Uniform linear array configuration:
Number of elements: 48
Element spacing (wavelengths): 0.25
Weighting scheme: hamming
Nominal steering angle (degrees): -15
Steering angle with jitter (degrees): -14.914
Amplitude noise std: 0.05
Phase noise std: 0.05

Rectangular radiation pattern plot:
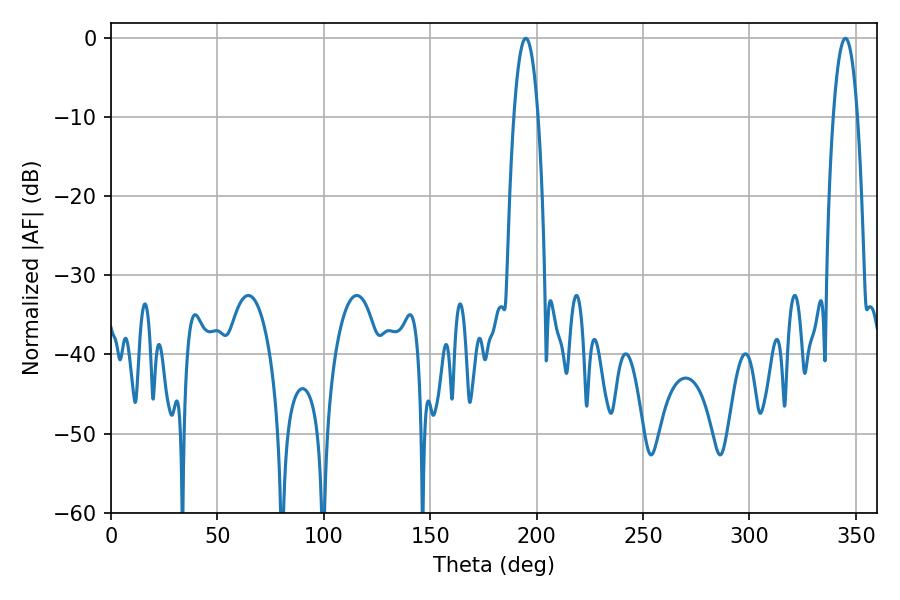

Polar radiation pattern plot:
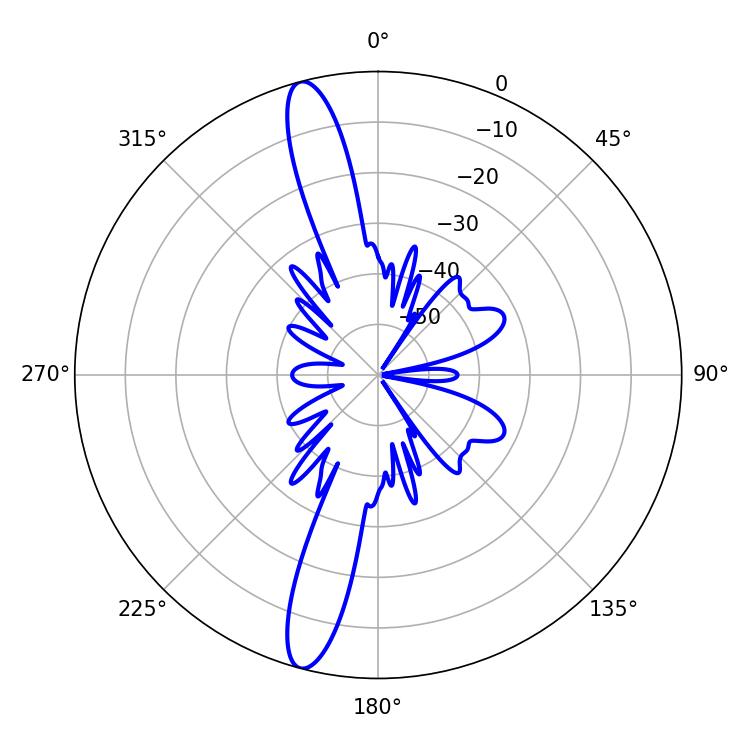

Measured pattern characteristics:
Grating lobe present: FALSE
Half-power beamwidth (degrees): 6.3
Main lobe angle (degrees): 194.94